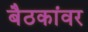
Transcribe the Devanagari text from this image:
बैठकांवर